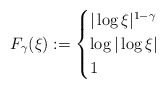
\begin{align*}F_\gamma(\xi ) := \begin{cases}|\log \xi |^{1-\gamma} & \\\log|\log \xi | & \\1 & \end{cases}\end{align*}